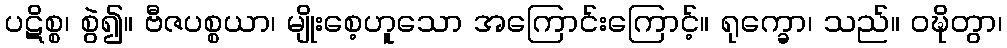
ပဋိစ္စ၊ စွဲ၍။ ဗီဇပစ္စယာ၊ မျိုးစေ့ဟူသော အကြောင်းကြောင့်။ ရုက္ခော၊ သည်။ ဝဍ္ဎိတွာ၊